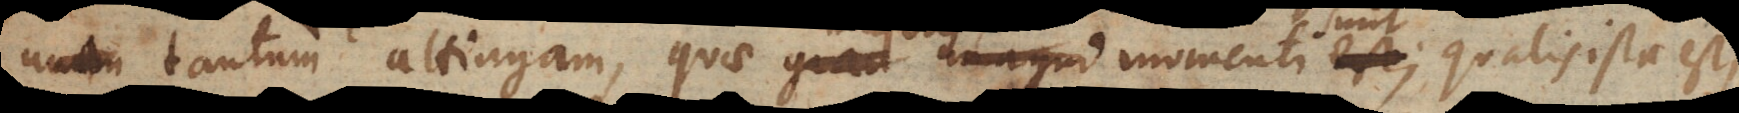
tantum attingam, quae majoris momenti sunt; qualis ista est,